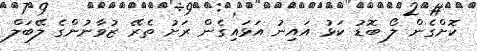
ކޮށްގެން ލޯ ބޮޑު ކަޅު އައިނު އަޅައިގެން ރަށު ތެރޭ ޒުވާނުންގެ ލޭބަލް